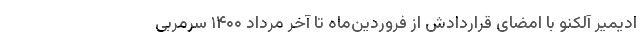
ادیمیر آلکنو با امضای قراردادش از فروردین‌ماه تا آخر مرداد ۱۴۰۰ سرمربی